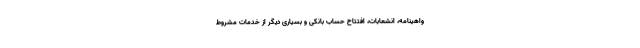
واهینامه، انشعابات، افتتاح حساب بانکی و بسیاری دیگر از خدمات مشروط